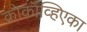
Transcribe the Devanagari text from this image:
क्रोकॉव्हिएका